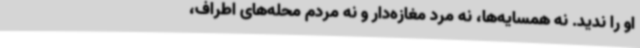
او را ندید. نه همسایه‌ها، نه مرد مغازه‌دار و نه مردم محله‌های اطراف،